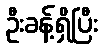
ဦးခန့်ရှိပြီး